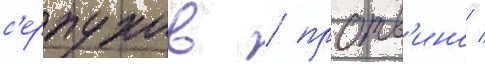
с'ерпухов / протв'ино /